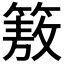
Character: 𮅻